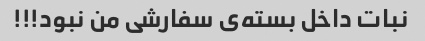
نبات داخل بسته‌ی سفارشی من نبود!!!